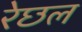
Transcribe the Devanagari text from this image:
रेछल